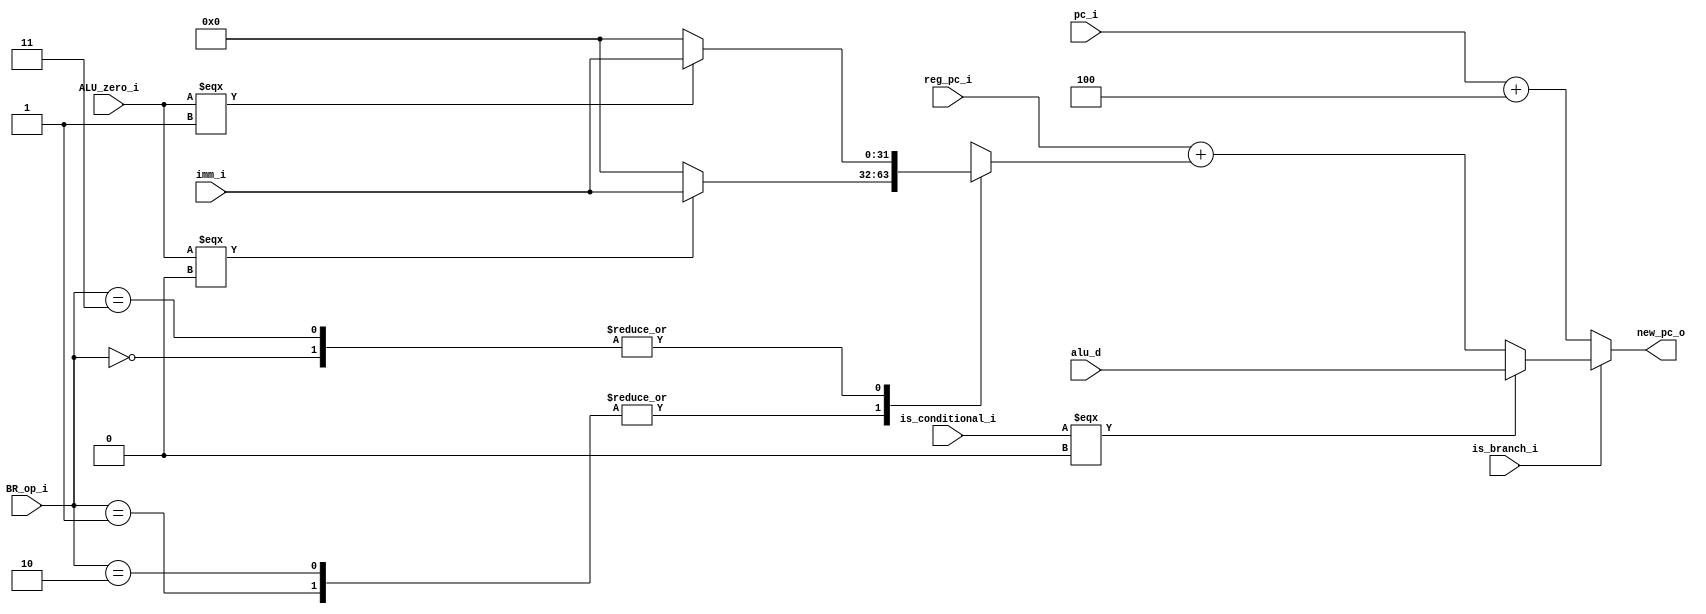
// Branching moduele

`default_nettype none
`timescale 1ns/1ps

`ifdef CUSTOM_DEFINE
	`include "../../defines.vh"
`endif

module 	br 
    `ifdef CUSTOM_DEFINE
		#(parameter BR_OP_WIDTH = `BR_OP_WIDTH, 
		parameter DATA_WIDTH = `REG_DATA_WIDTH,
		parameter BR_EQ = `ALU_OP_ADD,
		parameter BR_NE = `ALU_OP_SUB,
		parameter BR_LT = `ALU_OP_SLL,
		parameter BR_GE  = `ALU_OP_SLT) 
	`else
		#(parameter BR_OP_WIDTH = 2, 
		parameter DATA_WIDTH = 32,
		parameter BR_EQ = 0,  // TODO: Separar en localparams
		parameter BR_NE = 1,
		parameter BR_LT = 2,
		parameter BR_GE  = 3) 
	`endif
    (
		is_branch_i,
		BR_op_i,
		alu_d,
		reg_pc_i,
		pc_i,
		imm_i,
		new_pc_o,
        is_conditional_i,
        ALU_zero_i
	);

	input is_branch_i;
    input [BR_OP_WIDTH-1:0] BR_op_i;
    input [DATA_WIDTH-1:0] alu_d;
    input [DATA_WIDTH-1:0] reg_pc_i;
	input [DATA_WIDTH-1:0] pc_i;
    output [DATA_WIDTH-1:0] new_pc_o;
    input [DATA_WIDTH-1:0] imm_i;
    input is_conditional_i;
    input ALU_zero_i;

    reg [DATA_WIDTH-1:0] offset;


	assign new_pc_o = (is_branch_i) ? ( (is_conditional_i === 1'b0)? alu_d: (reg_pc_i + offset) ) : ( pc_i + {{DATA_WIDTH-3{1'b0}},3'd4} ); // +4 

always @* begin
	case (BR_op_i)
		BR_EQ: offset = (ALU_zero_i === 1'd1)? imm_i: {{DATA_WIDTH-3{1'b0}},1'b0,2'b00};       
		BR_NE: offset = (ALU_zero_i === 1'd0)? imm_i: {{DATA_WIDTH-3{1'b0}},1'b0,2'b00};
		BR_LT: offset = (ALU_zero_i === 1'd0)? imm_i: {{DATA_WIDTH-3{1'b0}},1'b0,2'b00};
		BR_GE: offset = (ALU_zero_i === 1'd1)? imm_i: {{DATA_WIDTH-3{1'b0}},1'b0,2'b00}; 
	endcase
end

endmodule